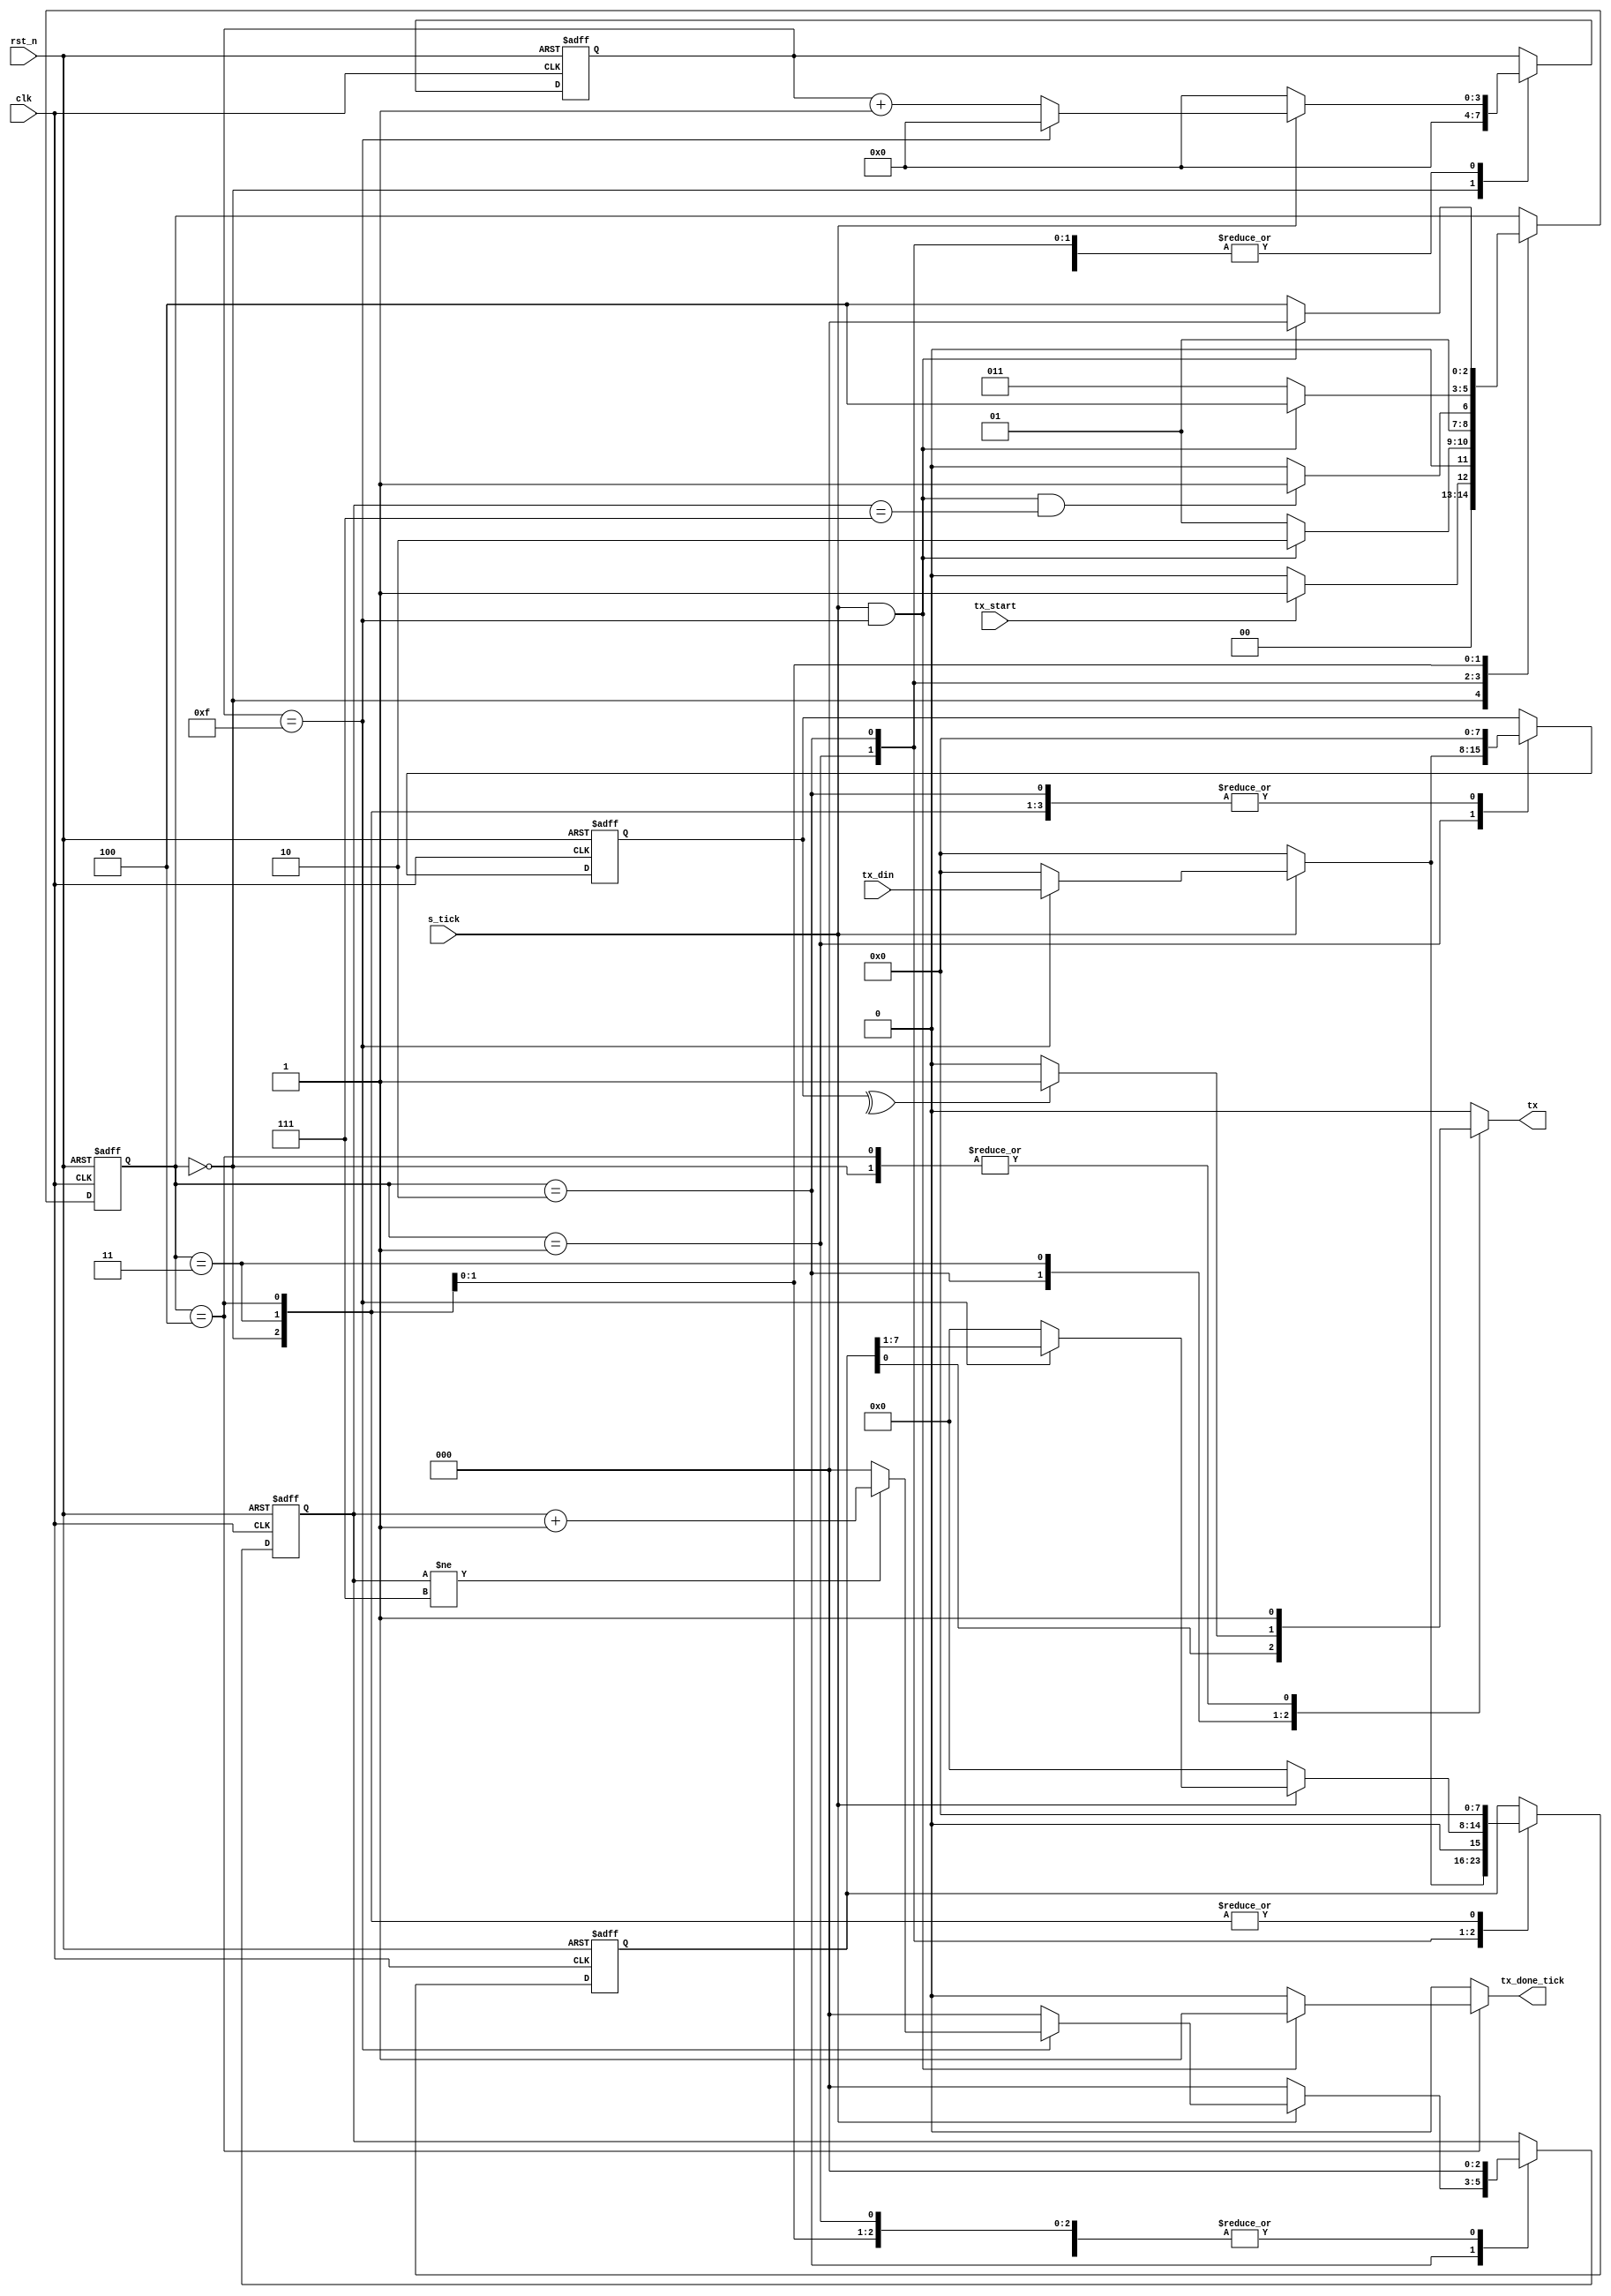
////////////////////////////////////////
////////  uart_tx_block   /////////////
//////////////////////////////////////
module uart_tx #(parameter SB_TICK = 16,DBIT=8)(
input clk,rst_n,
input s_tick,tx_start,  // tx_start when turns high the uart start sending the start bit && s_tick is the done signal of the baud rate generator 
input [DBIT-1:0]tx_din,
output reg tx_done_tick,  // tx_done_tick goes high when the pattern of the uart (idle,start,data,stop bits)is completely transmitted
output reg tx
);
reg [2:0]current_state,next_state;
reg [3:0]current_s,next_s;       // s is an internal counter to check if i reached the baud rate or not 
reg [$clog2(DBIT)-1:0] current_n,next_n;      // n is an internal reg that counts the number of data bits that are transmitted
reg [DBIT-1:0]current_b,next_b;   // b is an internal reg that stores the data bits when they are written to the uart write_data port
reg [DBIT-1:0]current_parity,next_parity; // this reg stores the data bits to check the parity bit 
//////////////////////////////////////////
////////    state_encoding   /////////////
//////////////////////////////////////////
localparam IDLE=0,
           START=1,
           DATA=2,
           parity=3,
           STOP=4;
           

//////////////////////////////////////////
////////    state_memory   ///////////////
//////////////////////////////////////////
always@(posedge clk,negedge rst_n)
begin
  if(!rst_n) begin
    current_state<=IDLE;
    current_s<=0;
    current_n<=0;
    current_b<=0;
    current_parity<=0;
  end

   

  else begin
    current_state<=next_state;
    current_s<=next_s;
    current_n<=next_n;
    current_b<=next_b;
    current_parity<=next_parity;
    
  end
end
//////////////////////////////////////
///////    next_state_logic     //////
//////////////////////////////////////


always@(*)
begin
case(current_state)
IDLE:begin
       if(tx_start) 
            
            next_state=START;
            
       else
            next_state=IDLE;
       end


START:begin
      if((s_tick==1) && (current_s==15))
            next_state=DATA;
      else
            next_state=START;
            
      end


DATA:begin
       if((s_tick==1) && (current_s==15) && (current_n==7))
              next_state=parity;
       else
              next_state=DATA;
                    
       end

parity:begin
      if((s_tick==1) && (current_s==15)) 
          next_state=STOP; 
      else
          next_state=parity;
      end

       
STOP:begin
      if((s_tick==1) && (current_s==SB_TICK-1)) 
          next_state=IDLE; 
      else
          next_state=STOP;
      end

default:next_state=current_state;

endcase
end
///////////////////////////////////
////////    output_logic     //////
///////////////////////////////////


always@(*)
begin
tx=0;
tx_done_tick=0;
  case(current_state)
IDLE:begin
  tx=1;
  tx_done_tick=0;
end

START:begin
  tx=0;
  tx_done_tick=0;
end


DATA:begin
  tx=current_b[0];
  tx_done_tick=0;
end

parity:begin
  tx_done_tick=0;
  if((^current_parity))   // even parity check 
  tx=1;  // this means we have odd number of ones 
  else
  tx=0;   // this means we have even number of ones 
end



STOP:begin
  tx=1;
   if((s_tick==1) && (current_s==SB_TICK-1)) 
     tx_done_tick=1;
   else
     tx_done_tick=0;
     
 end
 
endcase
end

///////////////////////////////////////////
////////    handling internal reg   ///////
///////////////////////////////////////////

always@(*)
begin
  next_s=0;
  next_n=0;
  next_b=0;
  next_parity=0;
  case(current_state)
IDLE:begin
  next_s=0;
  next_n=0;
  next_b=0;
  next_parity=0;
end



START:begin
    if(s_tick)begin
          if((current_s==15)) begin
              next_s=0;
              next_b=tx_din;
              next_parity=tx_din;
              end
                
           else  
              next_s=current_s+1;
              end   
end


DATA:begin
      if(s_tick)begin
            if(current_s==15) begin
                next_s=0;
                next_b={1'b0,current_b[DBIT-1:1]};
                    if(current_n!=7)
                      next_n=current_n+1;
                      end
              else  
                next_s=current_s+1;
              end         
end

parity:begin
   if(s_tick)begin
        if((current_s==15)) begin
              next_s=0;
              end
        else  
           next_s=current_s+1;
        end         
end

STOP:begin
   if(s_tick)begin
        if((current_s==SB_TICK-1)) begin
              next_s=0;
              next_n=0;
              next_parity=0;
              end
        else  
           next_s=current_s+1;
        end         
end

default:begin
    next_s=current_s;
    next_n=current_n;
    next_b=current_b;
    next_parity=current_parity;
end

endcase
end
endmodule